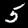
Digit: 5